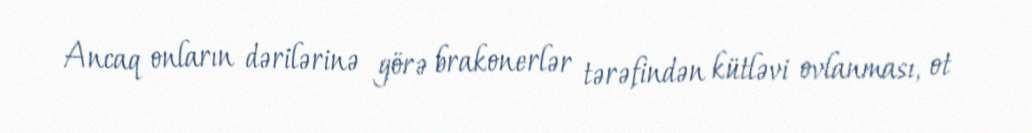
Ancaq onların dərilərinə görə brakonerlər tərəfindən kütləvi ovlanması, ot